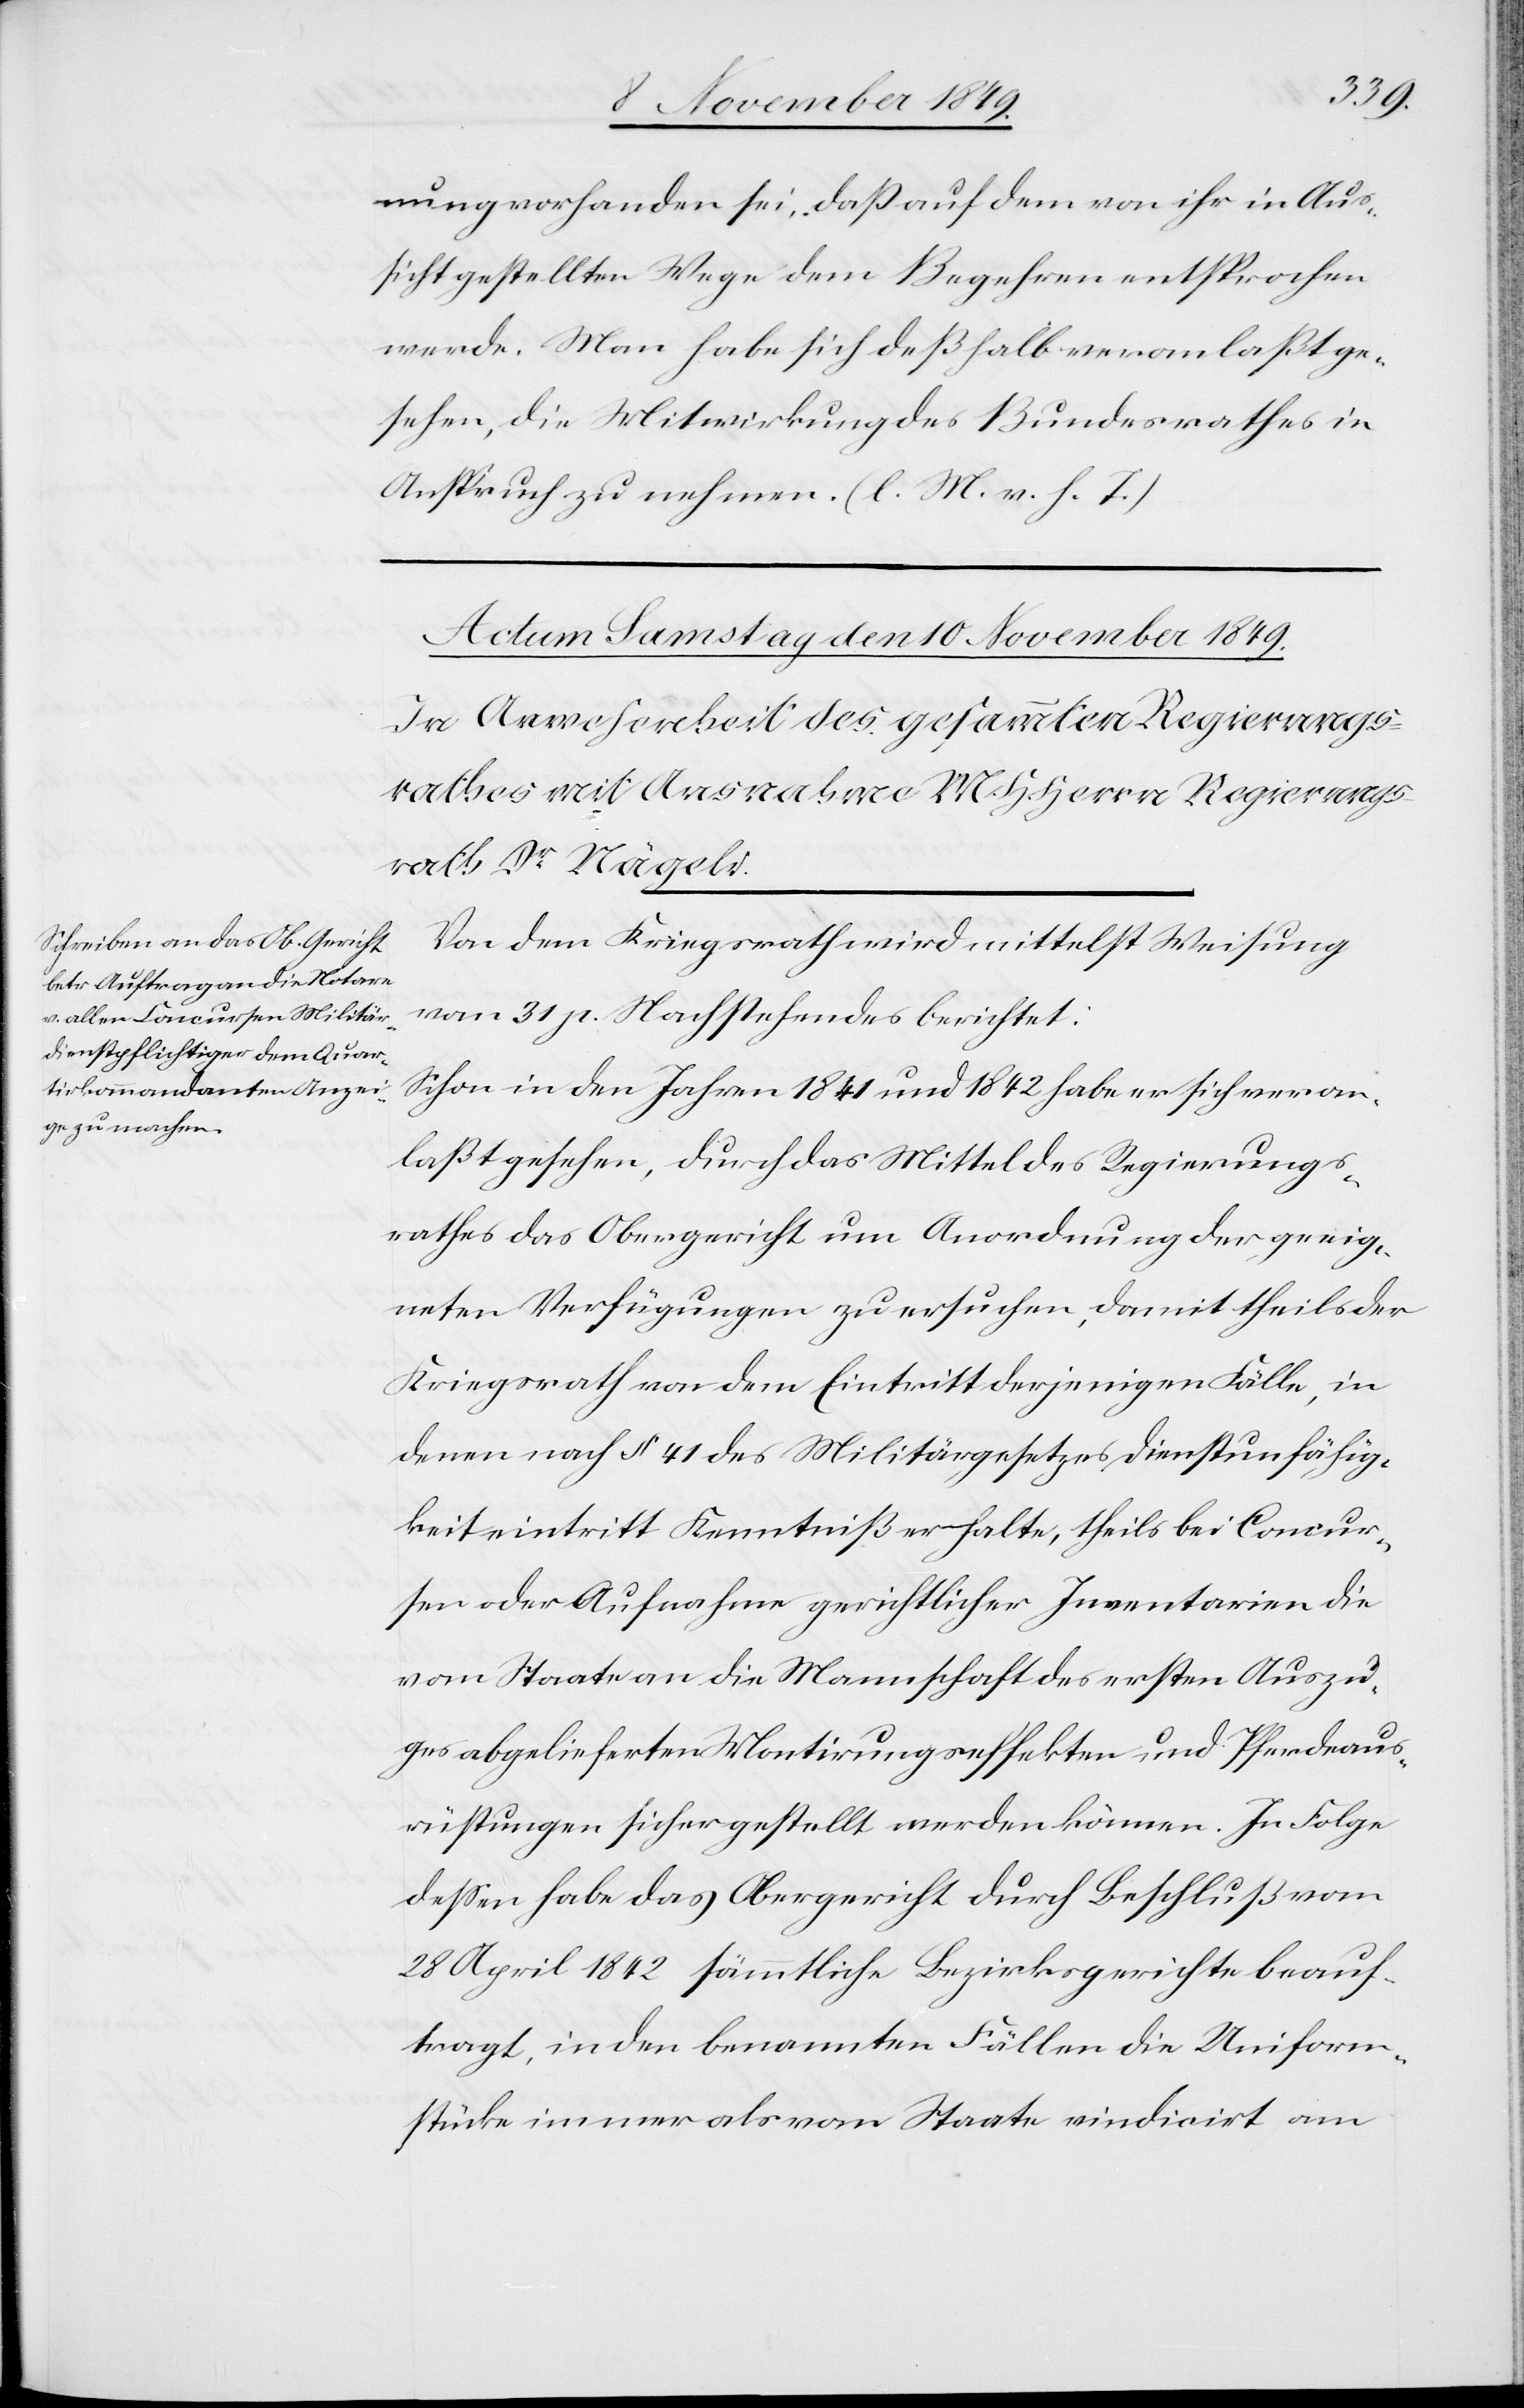
nung vorhanden sei, daß auf dem von ihr in Aus¬
sicht gestellten Wege dem Begehren entsprochen
werde. Man habe sich deßhalb veranlaßt ge¬
sehen, die Mitwirkung des Bundesrathes in
Anspruch zu nehmen. [l. M. v. h. T]
Von dem Kriegsrath wird mittelst Weisung
vom 31 p. Nachstehendes berichtet:
Schon in den Jahren 1841 und 1842 habe er sich veran¬
laßt gesehen, durch das Mittel des Regierungs¬
rathes das Obergericht um Anordnung der geeig¬
neten Verfügungen zu ersuchen, damit theils der
Kriegsrath vor dem Eintritt derjenigen Fälle, in
denen nach § 44 des Militärgesetzes Dienstunfähig¬
keit eintritt Kenntniß erhalte, theils bei Concur¬
sen oder Aufnahme gerichtlicher Inventarien die
vom Staate an die Mannschaft des ersten Auszu¬
ges abgelieferten Montirungseffekten und Pferdaus¬
rüstungen sichergestellt werden können. In Folge
deßen habe das Obergericht durch Beschluß vom
28 April 1842 sämmtliche Bezirksgerichte beauf¬
tragt, in den benannten Fällen die Uniform¬
stücke immer als vom Staate vindicirt am